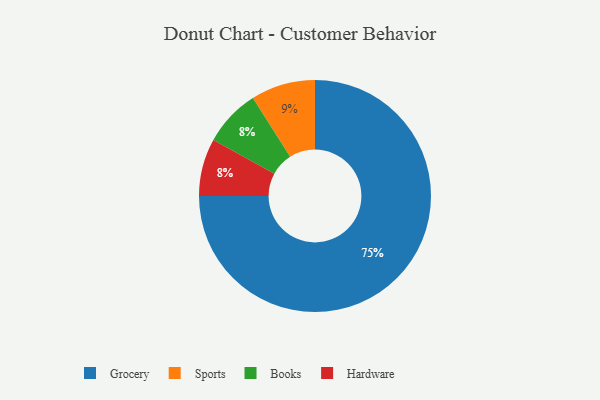
{"axis": {"x": "Category", "y": "Percentage"}, "legend": ["Books", "Grocery", "Hardware", "Sports"], "data": [{"x": "Grocery", "y": 75, "type": "Grocery"}, {"x": "Books", "y": 8, "type": "Books"}, {"x": "Hardware", "y": 8, "type": "Hardware"}, {"x": "Sports", "y": 9, "type": "Sports"}]}